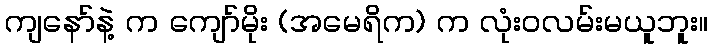
ကျနော်နဲ့ က ကျော်မိုး (အမေရိက) က လုံးဝလမ်းမယူဘူး။